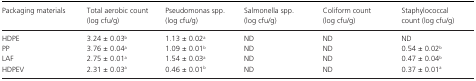
<table><thead><tr><td><b>Packaging materials</b></td><td><b>Total aerobic count (log cfu/g)</b></td><td><b><i>Pseudomonas</i> spp. (log cfu/g)</b></td><td><b><i>Salmonella</i> spp. (log cfu/g)</b></td><td><b>Coliform count (log cfu/g)</b></td><td><b>Staphylococcal count (log cfu/g)</b></td></tr></thead><tbody><tr><td>HDPE</td><td>3.24 ± 0.03<sup>b</sup></td><td>1.13 ± 0.02<sup>a</sup></td><td>ND</td><td>ND</td><td>ND</td></tr><tr><td>PP</td><td>3.76 ± 0.04<sup>a</sup></td><td>1.09 ± 0.01<sup>b</sup></td><td>ND</td><td>ND</td><td>0.54 ± 0.02<sup>b</sup></td></tr><tr><td>LAF</td><td>2.75 ± 0.01<sup>a</sup></td><td>1.54 ± 0.03<sup>a</sup></td><td>ND</td><td>ND</td><td>0.47 ± 0.04<sup>b</sup></td></tr><tr><td>HDPEV</td><td>2.31 ± 0.03<sup>a</sup></td><td>0.46 ± 0.01<sup>b</sup></td><td>ND</td><td>ND</td><td>0.37 ± 0.01<sup>a</sup></td></tr></tbody></table>